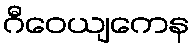
ဂီဝေယျကေန